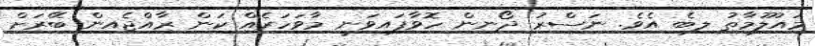
މައުލޫމާތު ލިބެ އެވެ. ނަސްރު ދޯނިން ހޮވާފައިވަނީ މާވަހަރެއް ކަން ރާއްޖެއިން ބޭރަށް